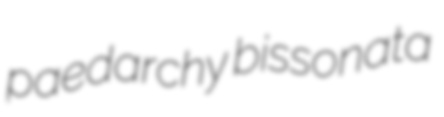
paedarchy bissonata